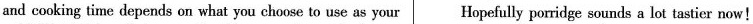
and cooking time depends on what you choose to use as your Hopefully porridge sounds a lot tastier now!